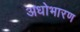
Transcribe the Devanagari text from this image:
अधोभारण